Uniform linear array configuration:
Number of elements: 16
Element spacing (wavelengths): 0.75
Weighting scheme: binomial
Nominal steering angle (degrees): -15
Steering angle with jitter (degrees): -13.242
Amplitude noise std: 0.05
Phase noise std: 0.05

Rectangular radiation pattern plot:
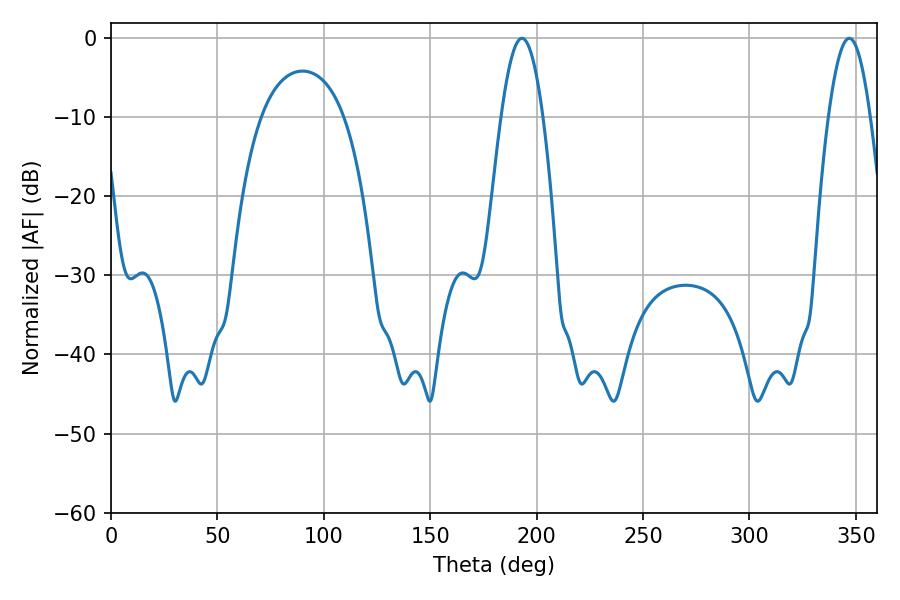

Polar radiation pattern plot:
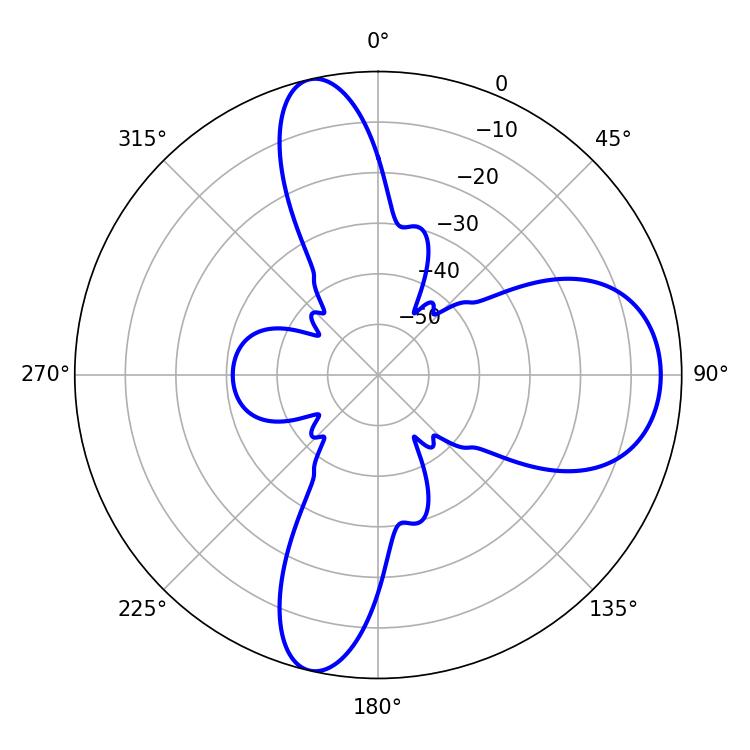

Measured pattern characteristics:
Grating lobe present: TRUE
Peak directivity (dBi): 12.787
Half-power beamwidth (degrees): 10.62
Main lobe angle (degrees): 193.14